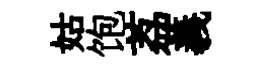
姑饱荔義